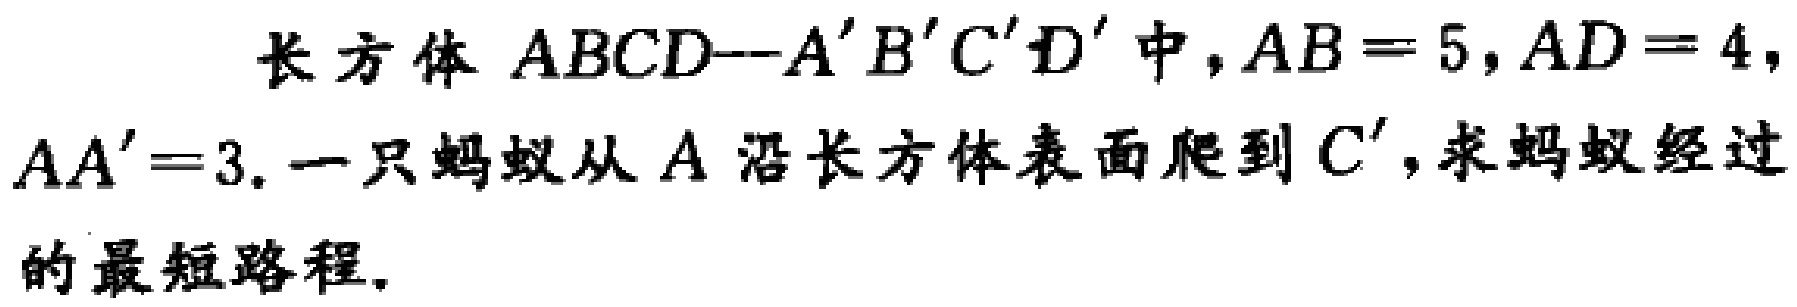
长方体 \(ABCD—A'B'C'D'\) 中，\(AB = 5\)，\(AD = 4\)，\(AA'=3\). 一只蚂蚁从 \(A\) 沿长方体表面爬到 \(C'\)，求蚂蚁经过的最短路程.